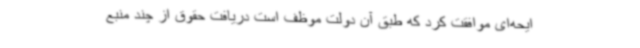
ایحه‌ای موافقت کرد که طبق آن دولت موظف است دریافت حقوق‌ از چند منبع